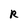
Character: R